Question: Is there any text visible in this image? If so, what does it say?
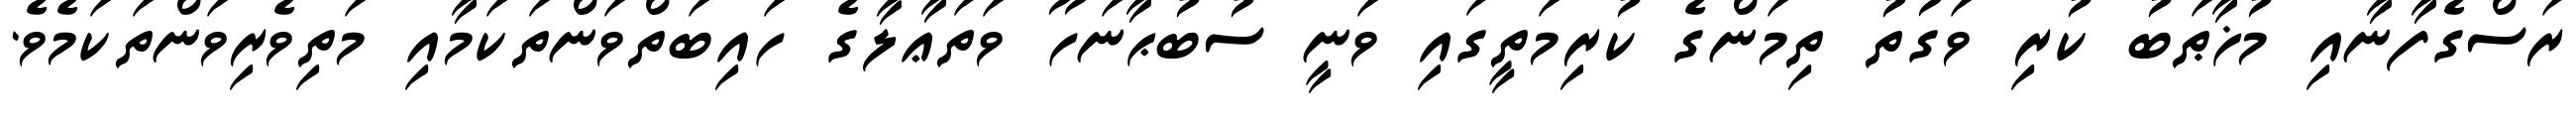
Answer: ރަސްގެފާނާއި މުޚާޠަބު ކުރި ވަގުތު ތިމަންގެ ކުރިމަތީގައި ވަނީ ސުބުޙާނަހޫ ވަތަޢާލާގެ ހައިބަތްވަންތަކަމާއި މަތިވެރިވަންތަކަމެވެ.